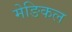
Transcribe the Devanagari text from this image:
मेङिकल